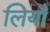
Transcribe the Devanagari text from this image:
लियाँ